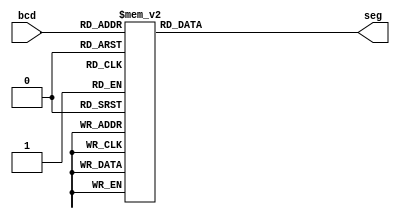
module bcdto7seg (
    input [3:0] bcd,
    output reg [6:0] seg
    );
    
    always @(*) begin
        case(bcd)
            4'b0000: seg = 7'b1000000;
            4'b0001: seg = 7'b1111001;
            4'b0010: seg = 7'b0100100;
            4'b0011: seg = 7'b0110000;
            4'b0100: seg = 7'b0011001;
            4'b0101: seg = 7'b0010010;
            4'b0110: seg = 7'b0000010;
            4'b0111: seg = 7'b1111000;
            4'b1000: seg = 7'b0000000;
            4'b1001: seg = 7'b0010000;
            default: seg = 7'b1111111;
        endcase
    end
endmodule